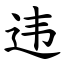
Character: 违